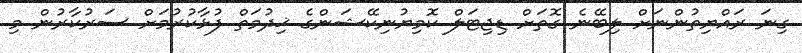
ގިނަ ރައްޔިތުންނަށް ލިބޭނެ ގޮތަށް ޑިޖިޓަލް ކޮމިޔުނިކޭޝަންގެ ޚިދުމަތް ފުޅާކުރުމަށް ސަރުކާރުން މި